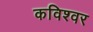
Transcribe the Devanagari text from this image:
कविश्वर